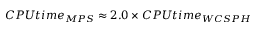
C P U t i m e _ { M P S } \approx 2 . 0 \times C P U t i m e _ { W C S P H }